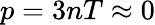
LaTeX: p=3nT\approx 0